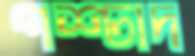
পশ্চাদ